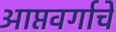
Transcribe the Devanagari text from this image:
आप्तवर्गाचे